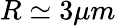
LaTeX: R\simeq 3\mu m